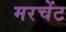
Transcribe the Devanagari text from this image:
मरचेंट